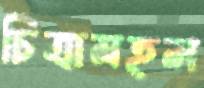
চিত্রামহল